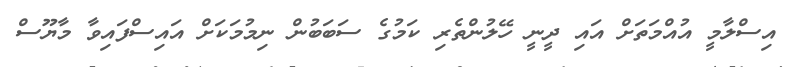
އިސްލާމީ އުއްމަތަށް އައި ދީނީ ހޭލުންތެރި ކަމުގެ ސަބަބުން ނިމުމަކަށް އައިސްފައިވާ މާޔޫސް